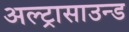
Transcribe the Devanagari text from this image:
अल्ट्रासाउन्ड